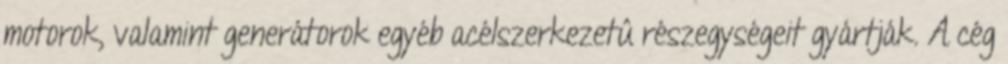
motorok, valamint generátorok egyéb acélszerkezetû részegységeit gyártják. A cég